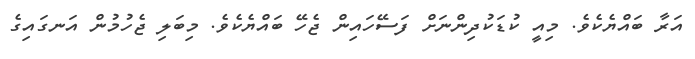
އަރާ ބައްޔެކެވެ. މިއީ ކުޑަކުދިންނަށް ފަސޭހައިން ޖެހޭ ބައްޔެކެވެ. މިބަލި ޖެހުމުން އަނގައިގެ